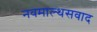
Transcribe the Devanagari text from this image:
नवमाल्थसवाद